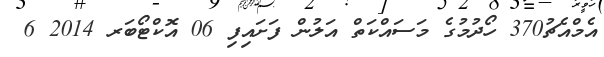
އެމްއެޗު370 ހޯދުމުގެ މަސައްކަތް އަލުން ފަށައިފި 06 އޮކްޓޯބަރ 2014 6